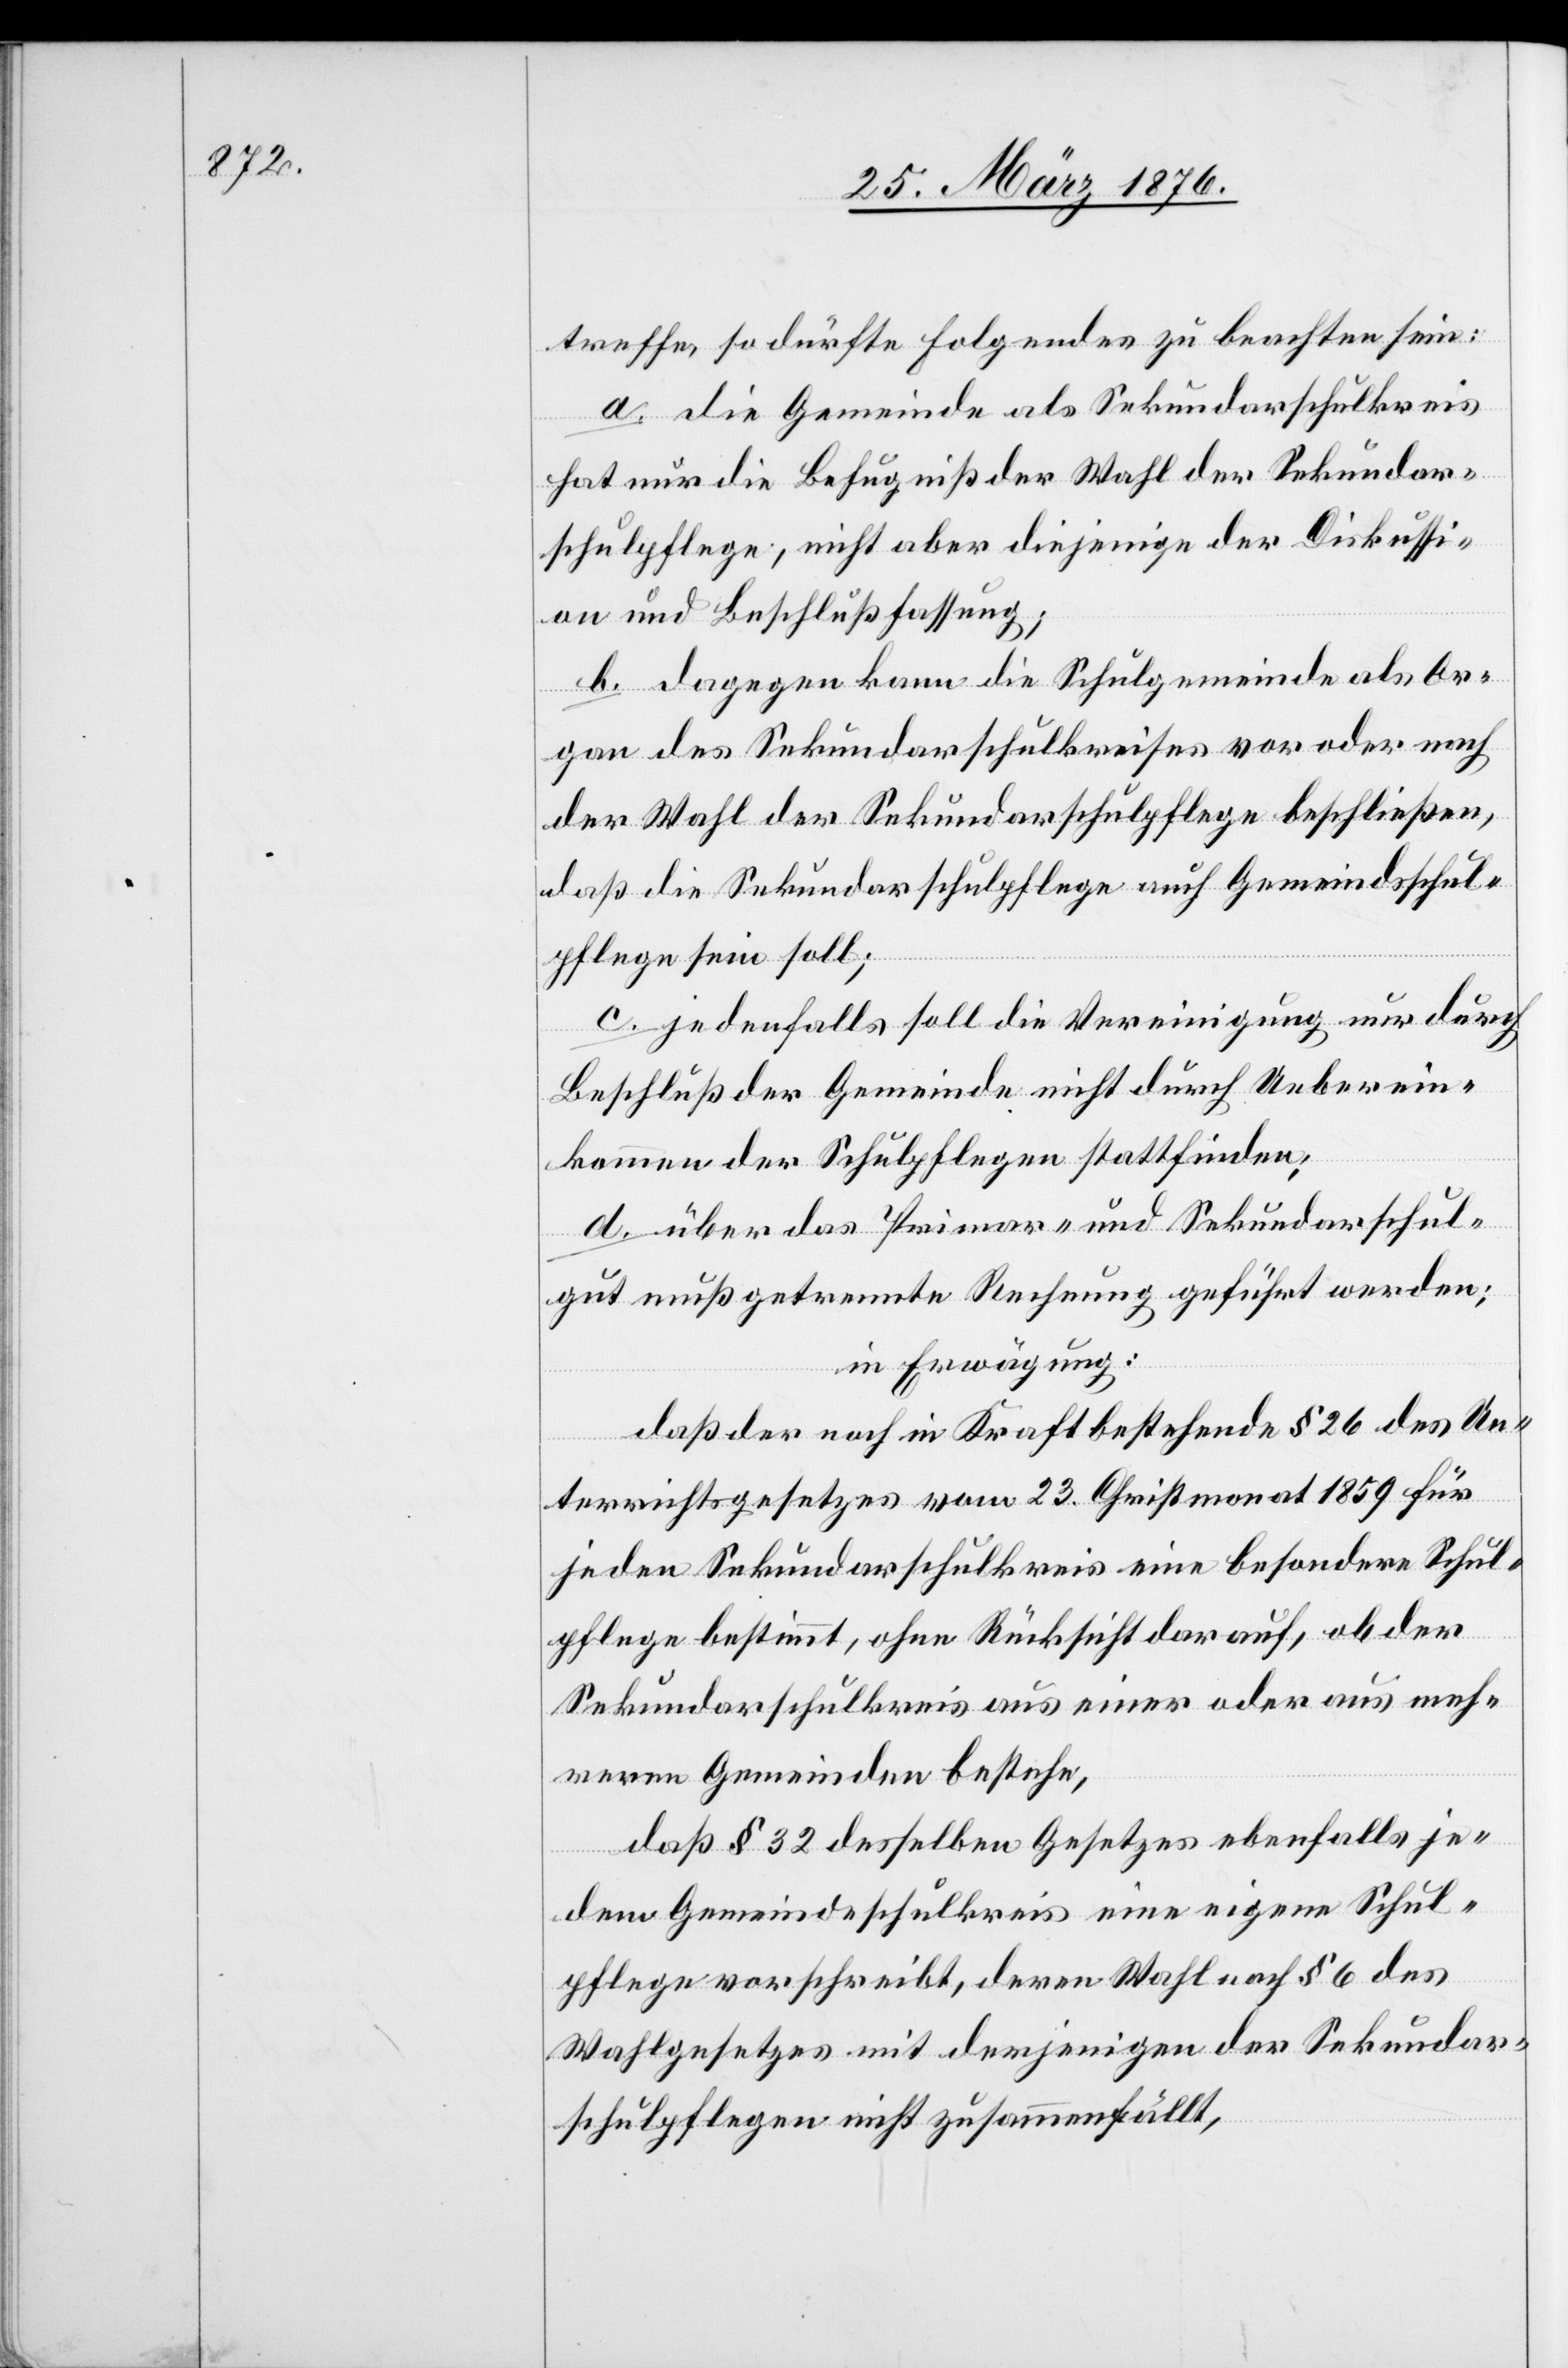
treffe, so dürfte Folgendes zu beachten sein:
a. die Gemeinde als Sekundarschulkreis
hat nur die Befugniß der Wahl der Sekundar¬
schulpflege, nicht aber diejenige der Diskussi¬
on und Beschlußfassung;
b. dagegen kann die Schulgemeinde als Or¬
gan des Sekundarschulkreises vor oder nach
der Wahl der Sekundarschulpflege beschließen,
daß die Sekundarschulpflege auch Gemeindeschul¬
pflege sein soll;
c. jedenfalls soll die Vereinigung nur durch
Beschluß der Gemeinde nicht durch Ueberein¬
kommen der Schulpflegen stattfinden;
d. über das Primar- und Sekundarschul¬
gut muß getrennte Rechnung geführt werden;
in Erwägung:
daß der noch in Kraft bestehende § 26 des Un¬
terrichtsgesetzes vom 23. Christmonat 1859 für
jeden Sekundarschulkreis eine besondere Schul¬
pflege bestimmt, ohne Rücksicht darauf, ob der
Sekundarschulkreis aus einer oder aus mehr¬
eren Gemeinden bestehe,
daß § 32 desselben Gesetzes ebenfalls je¬
dem Gemeindeschulkreis eine eigene Schul¬
pflege vorschreibt, deren Wahl nach § 6 des
Wahlgesetzes mit derjenigen der Sekundar¬
schulpflege nicht zusammenfällt,